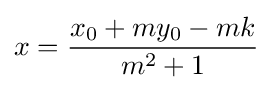
x={\frac {x_{0}+my_{0}-mk}{m^{2}+1}}